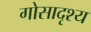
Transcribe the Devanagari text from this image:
गोसादृश्य